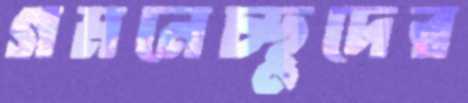
গমনেচ্ছুদের